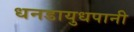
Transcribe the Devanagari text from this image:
धनडायुधपानी